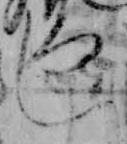
し